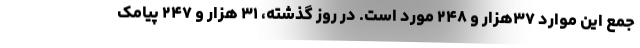
جمع این موارد ۳۷هزار و ۲۴۸ مورد است. در روز گذشته، ۳۱ هزار و ۲۴۷ پیامک